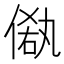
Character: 𠌁